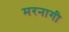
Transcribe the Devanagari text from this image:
मरनागी